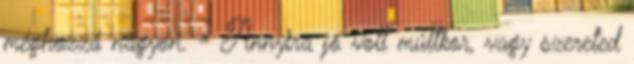
méghozzá nagyon. - Annyira jó volt múltkor, vagy szereted